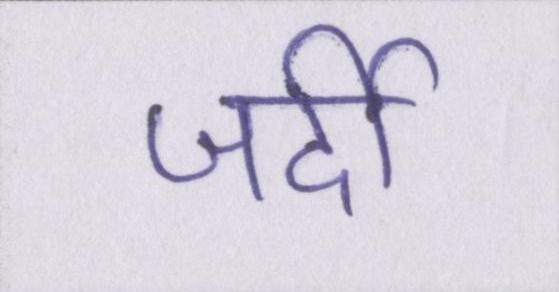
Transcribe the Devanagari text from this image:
जर्दी